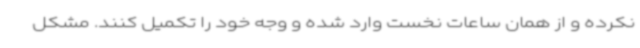
نکرده و از همان ساعات نخست وارد شده و وجه خود را تکمیل کنند. مشکل